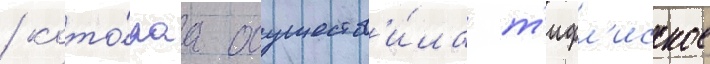
/ кото́раа осуществ'и́ла т'ифл'исское